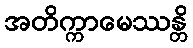
အတိက္ကာမေဿန္တိ